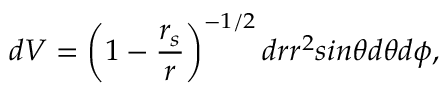
d { \cal { V } } = \left( 1 - \frac { r _ { s } } { r } \right) ^ { - 1 / 2 } d r r ^ { 2 } s i n \theta d \theta d \phi ,